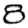
Digit: 8